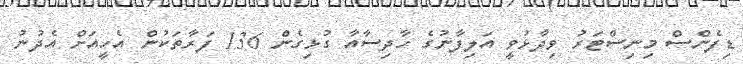
ޑިފެންސް މިނިސްޓަރު ވިދާޅުވީ އަލިފާނުގެ ހާދިސާއާ ގުޅިގެން 136 ފަރާތަކުން އެހީއަށް އެދުނު